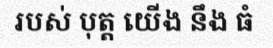
របស់ បុត្ត យើង នឹង ធំ